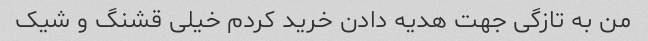
من به تازگی جهت هدیه دادن خرید کردم خیلی قشنگ و شیک